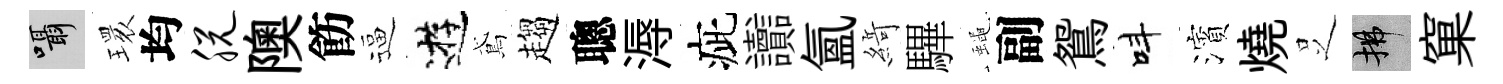
囁𤨔均脱隩飭逼逰鳶趨聰溽疵讟氳𦂶驆蠅副鴛呌濱燒𠯁拂窠